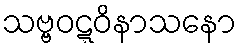
သဗ္ဗဝဋ္ဋဝိနာသနော